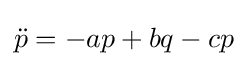
{\ddot {p}}=-ap+bq-cp